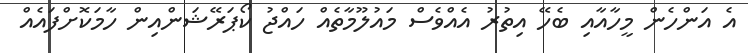
އެ އަންހެން މީހާއާއި ބެހޭ އިތުރު އެއްވެސް މައުލޫމާތެއް ހައްޖު ކޯޕަރޭޝަންއިން ހާމަކޮށްފައެއް